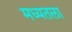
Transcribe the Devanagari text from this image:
मध्यतला